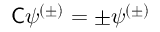
{ \mathsf { C } } \psi ^ { ( \pm ) } = \pm \psi ^ { ( \pm ) }